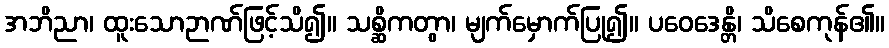
အဘိညာ၊ ထူးသောဉာဏ်ဖြင့်သိ၍။ သစ္ဆိကတွာ၊ မျက်မှောက်ပြု၍။ ပဝေဒေန္တိ၊ သိစေကုန်၏။